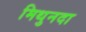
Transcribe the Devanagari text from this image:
मिथुनदा